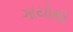
ગાયોથી